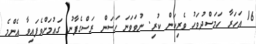
16 އަހަރާ ހަމަސްދުވަހު ވެރިކަން ކުރި. ނުވަވަނަ ހަސަން ރަސްގެފާނު ގައުމަށްވެފައިވާ އެންމެ